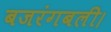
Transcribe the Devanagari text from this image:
बजरंगबली।